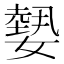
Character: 𡢂